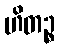
ဟိတဉ္စ